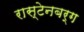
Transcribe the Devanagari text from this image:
रास्टेनबर्ग